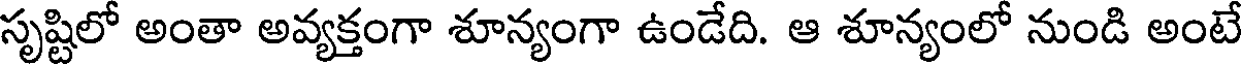
సృష్టిలో అంతా అవ్యక్తంగా శూన్యంగా ఉండేది. ఆ శూన్యంలో నుండి అంటే